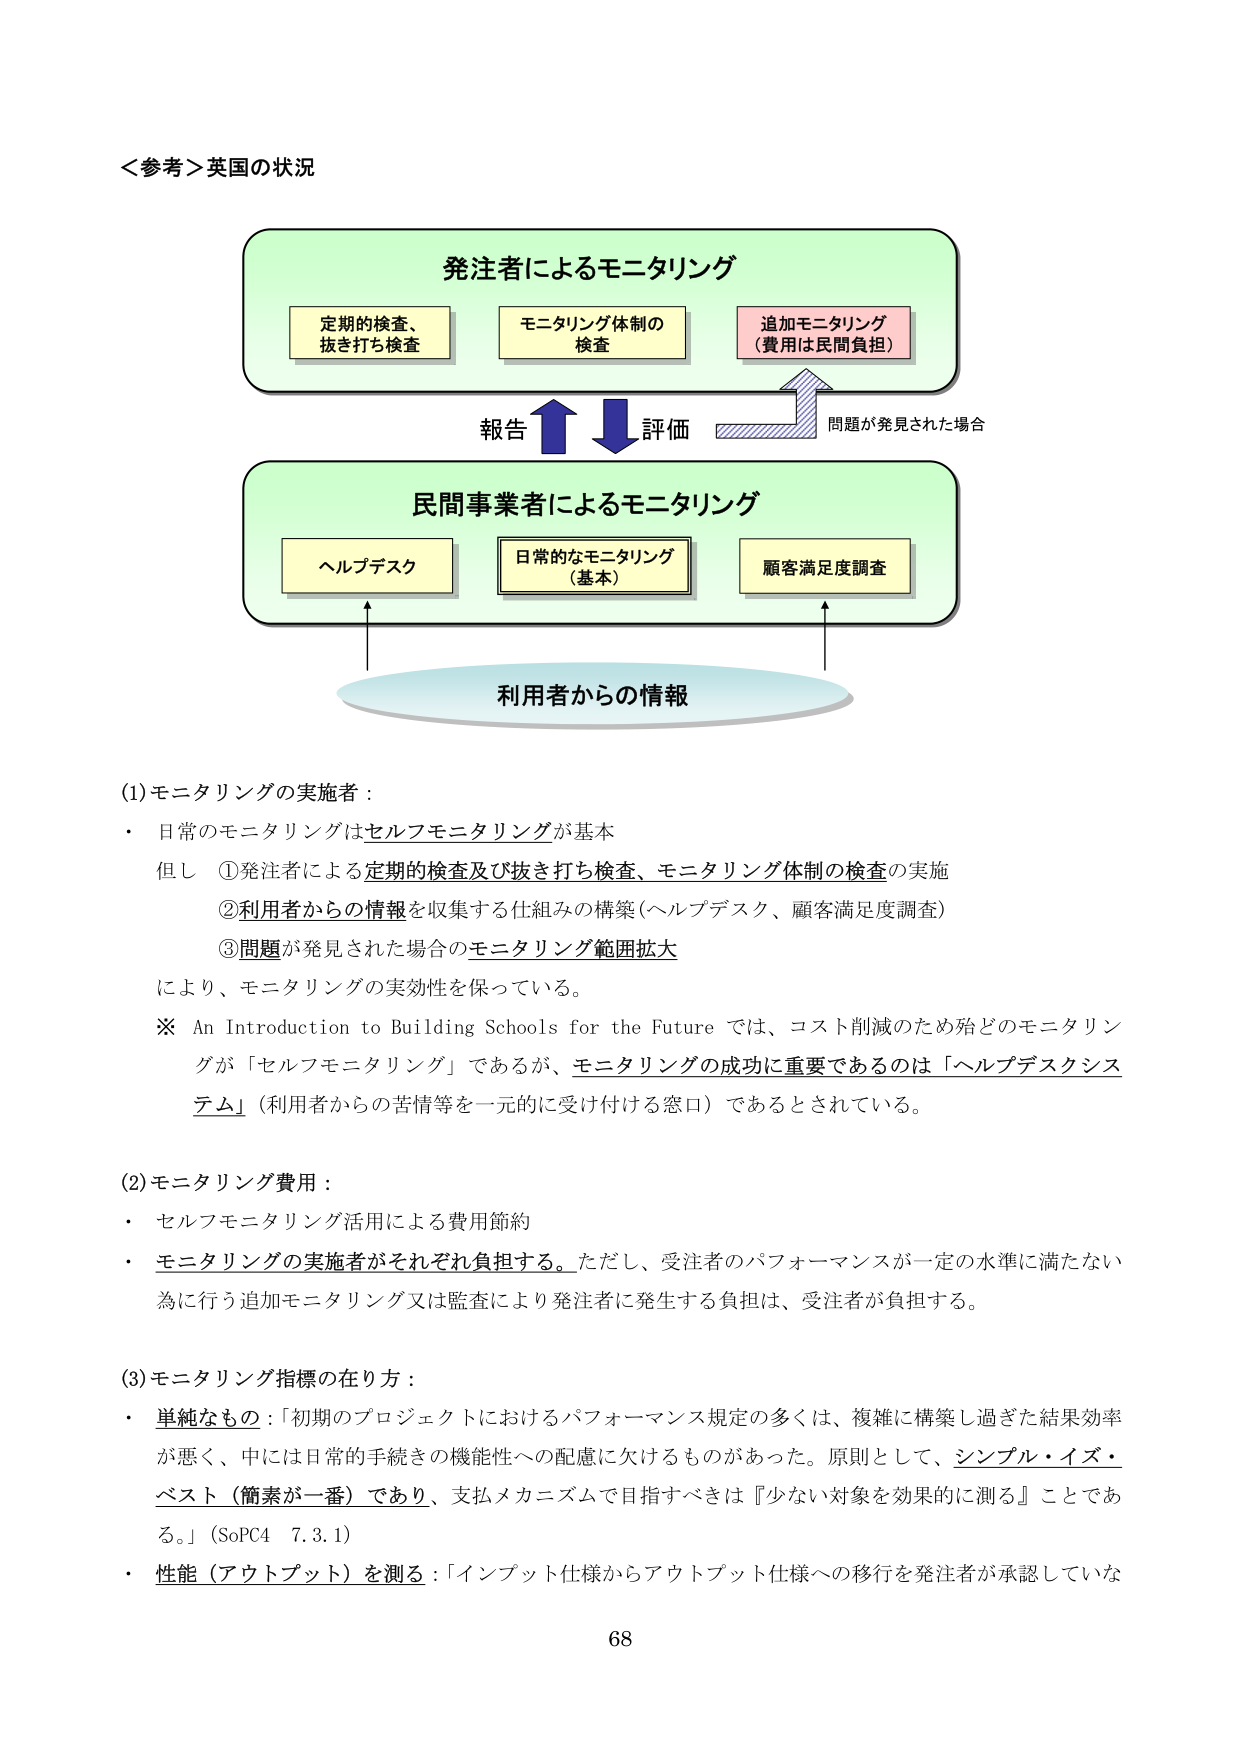
＜参考＞英国の状況

発注者によるモニタリング
定期的検査、
抜き打ち検査
モニタリング体制の
検査
追加モニタリング
（費用は民間負担）

報告
評価
問題が発見された場合

民間事業者によるモニタリング
ヘルプデスク
日常的なモニタリング
（基本）
顧客満足度調査

利用者からの情報

(1) モニタリングの実施者：
・ 日常のモニタリングはセルフモニタリングが基本
但し ①発注者による定期的検査及び抜き打ち検査、モニタリング体制の検査の実施
②利用者からの情報を収集する仕組みの構築（ヘルプデスク、顧客満足度調査）
③問題が発見された場合のモニタリング範囲拡大
により、モニタリングの実効性を保っている。
※ An Introduction to Building Schools for the Future では、コスト削減のため殆どのモニタリングが「セルフモニタリング」であるが、モニタリングの成功に重要であるのは「ヘルプデスクシステム」（利用者からの苦情等を一元的に受け付ける窓口）であるとされている。

(2) モニタリング費用：
・ セルフモニタリング活用による費用節約
・ モニタリングの実施者がそれぞれ負担する。ただし、受注者のパフォーマンスが一定の水準に満たない為に行う追加モニタリング又は監査により発注者に発生する負担は、受注者が負担する。

(3) モニタリング指標の在り方：
・ 単純なもの：「初期のプロジェクトにおけるパフォーマンス規定の多くは、複雑に構築し過ぎた結果効率が悪く、中には日常的手続きの機能性への配慮に欠けるものがあった。原則として、シンプル・イズ・ベスト（簡素が一番）であり、支払メカニズムで目指すべきは『少ない対象を効果的に測る』ことである。」（SoPC4 7.3.1）
・ 性能（アウトプット）を測る：「インプット仕様からアウトプット仕様への移行を発注者が承認していな

68